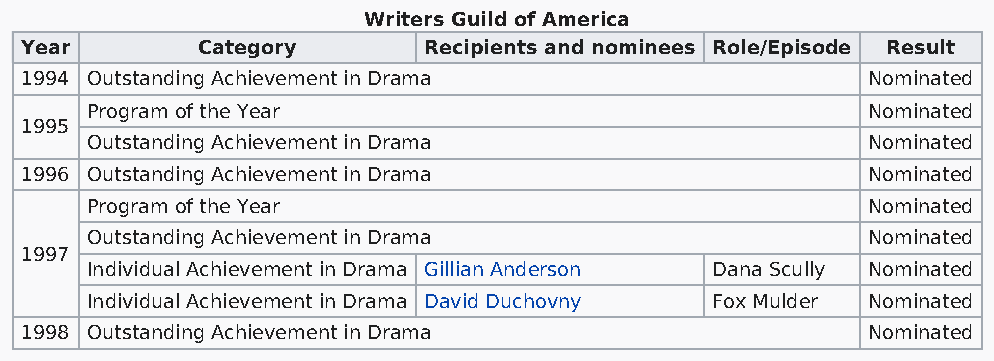
Writers Guild of America
 Year        Category       Recipients and nominees Role/Episode Result
 1994 Outstanding Achievement in Drama                   Nominated
 Program of the Year                                Nominated
 1995
 Outstanding Achievement in Drama                   Nominated
 1996 Outstanding Achievement in Drama                   Nominated
 Program of the Year                                Nominated
 Outstanding Achievement in Drama                   Nominated
 1997
 Individual Achievement in Drama Gillian Anderson Dana Scully Nominated
 Individual Achievement in Drama David Duchovny Fox Mulder Nominated
 1998 Outstanding Achievement in Drama                   Nominated